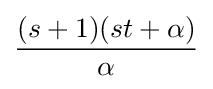
{\frac {(s+1)(st+\alpha )}{\alpha }}